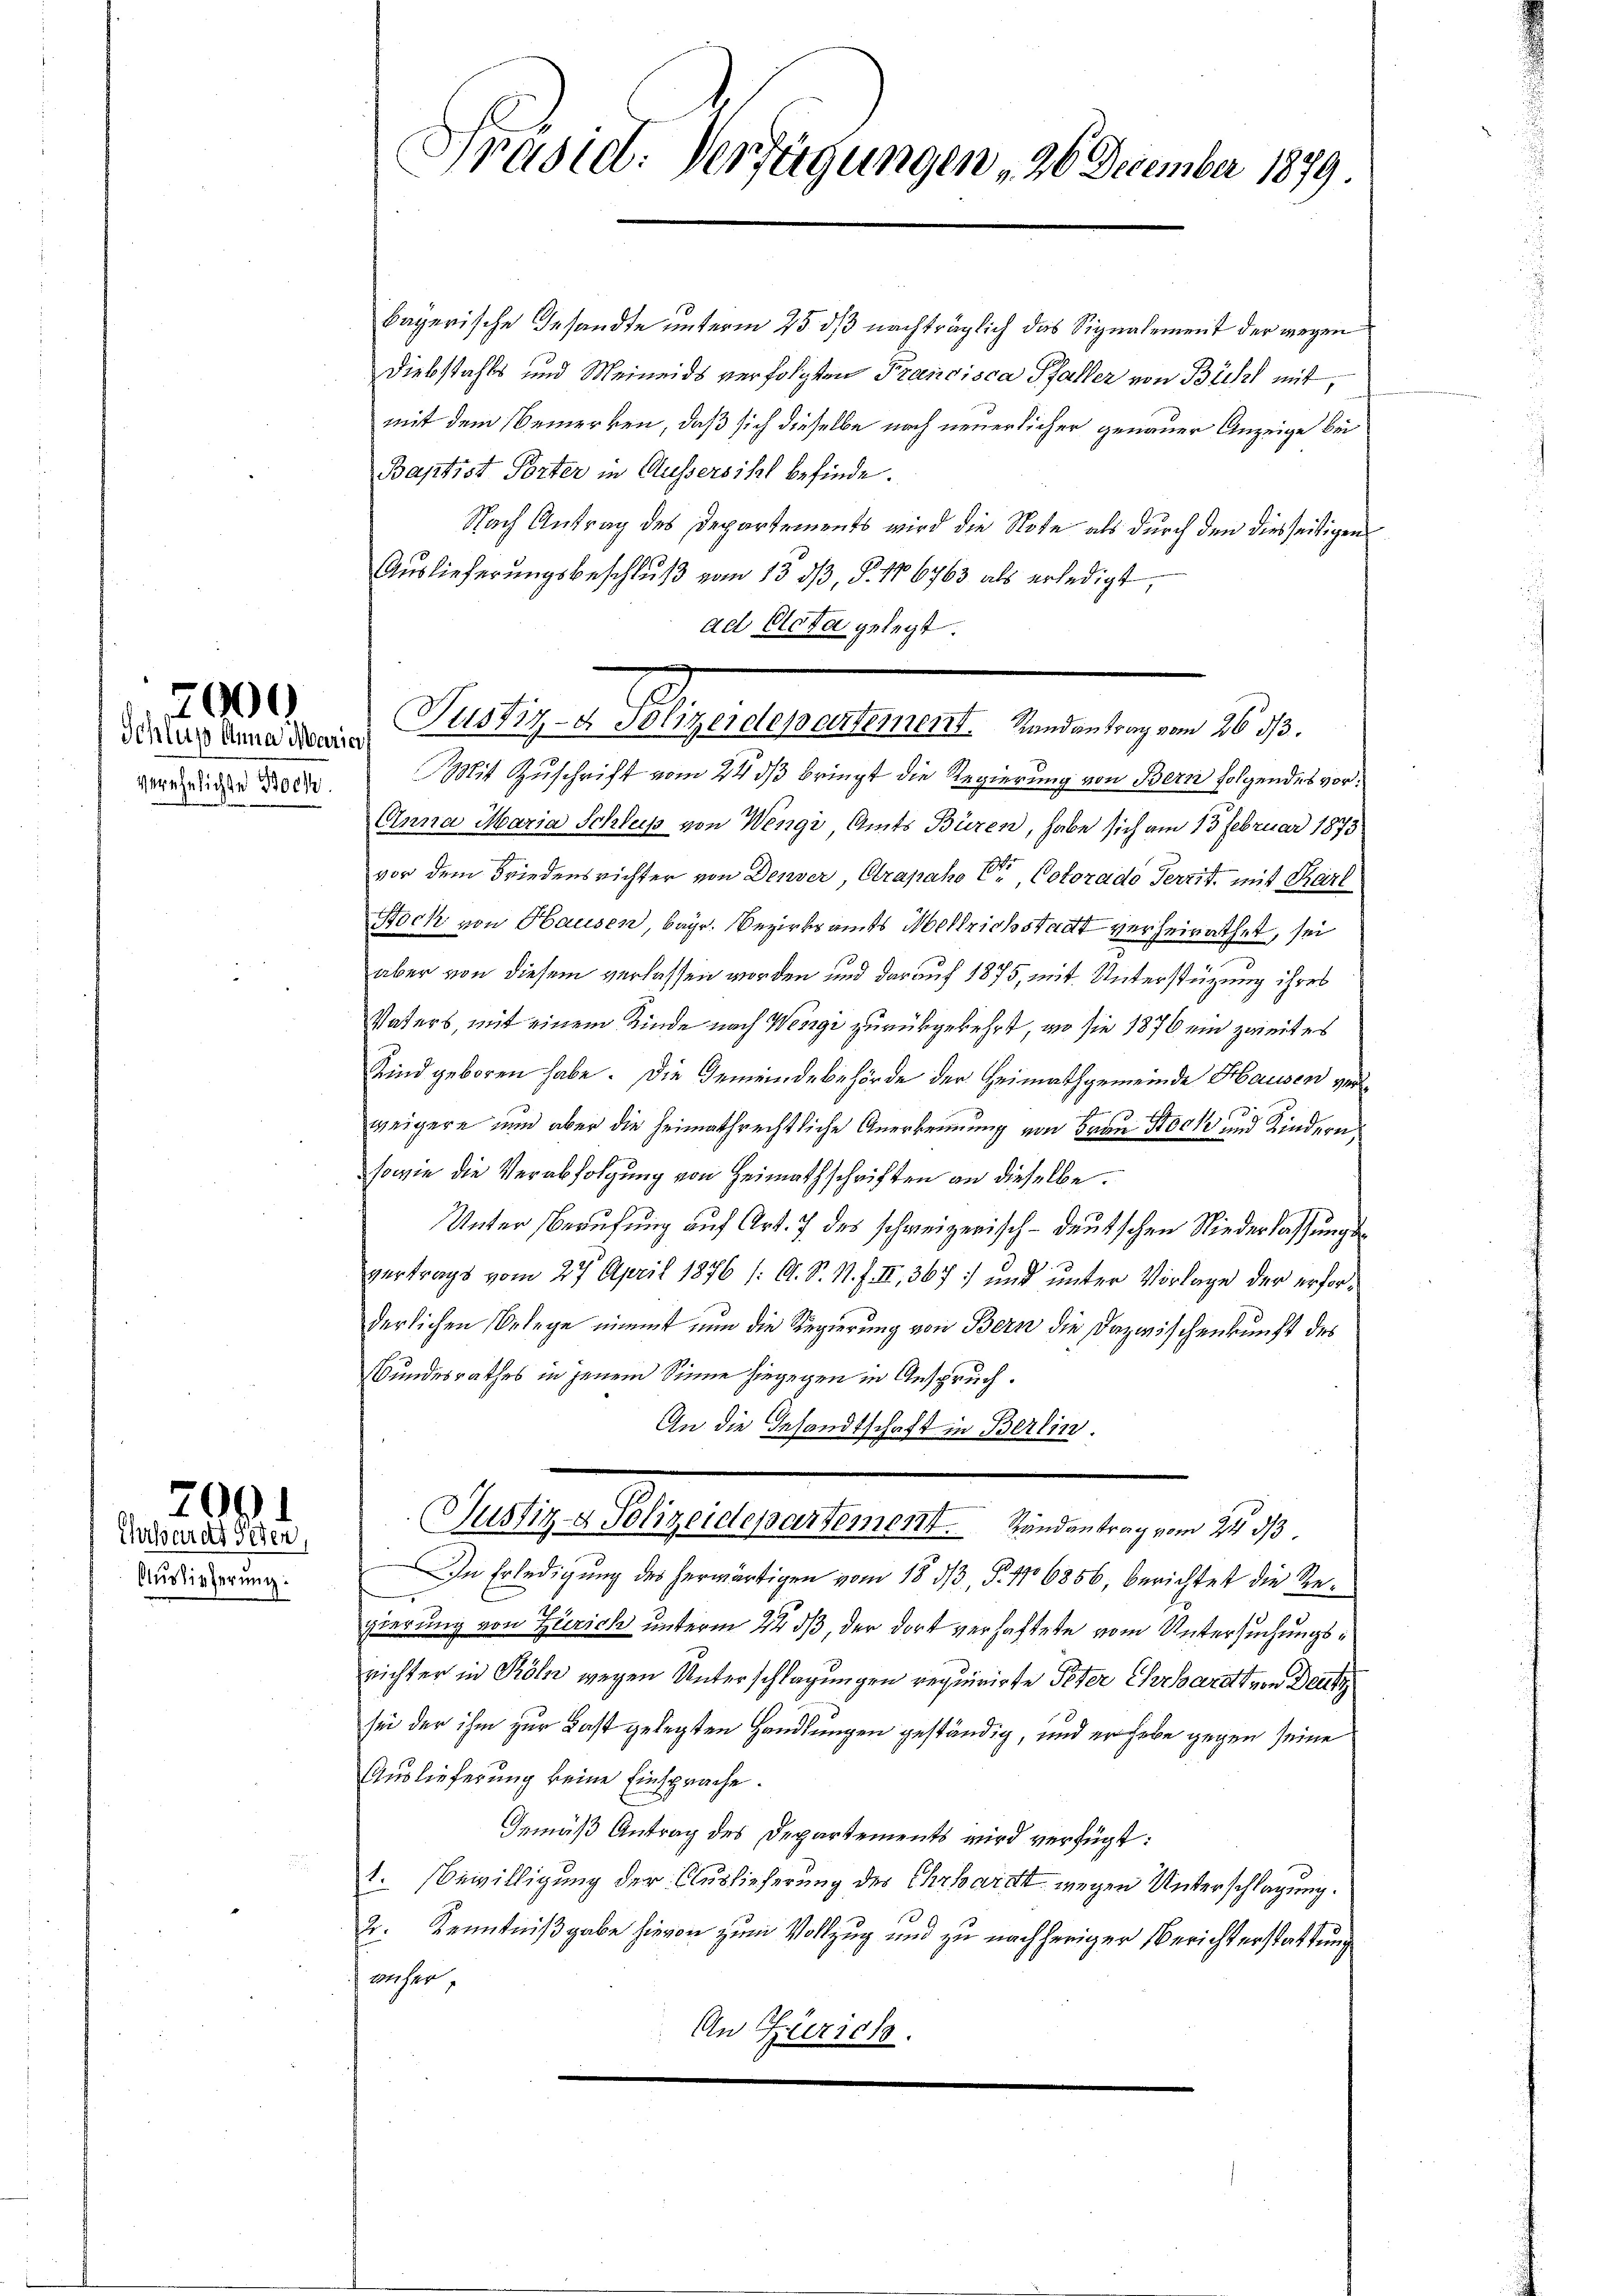
Schluß Anna Marien,
verehelichte Bock.

2000

Auslieferung:

200
Ehrhardt Jeden,

Präsiel. Verfügungen , 26 December 1879.

bayerische Gesandte unterm 25. ds nachträglich das Signalement der wegen
Diebstahls und Meineids verfolgten Francisca Pfaller von Bichl mit,
mit dem Bemerken, daß sich dieselbe nach neuerlicher genauer Anzeige bei
Baptist Porter in Aussersihl befinde.
Nach Antrag des Departements wird die Note als durch den diesseitigen
Auslieferungsbeschlŭβ vom 13. 313, §. 106763 als erledigt,
ad Acta gelegt.
Justiz- & Polizeidepartement. Randantrag vom 2633.
Mit Zuschrift vom 24 dß bringt die Regierung von Bern folgendes vor¬
Einna Maria Schluss von Wengi, Amts Büren, habe sich am 15 Februar 1873
vor dem Friedensrichter von Denser Strapaho Ctr, Cotorado Territ, mit Karl
Noch von Hausen bayr. Bezirksamts Wollrichstadt verheirathet, sei
aber von diesem verlassen worden und darauf 1875, mit Unterstützung ihres
Vaters, mit einem Kinde nach Wengi zurückgekehrt, an sie 1876 ein zweit es
Kind geboren habe. Die Gemeindebehörde der Heimathgemeinde Hausen verr
weigere nun aber die heimathrechtliche Anerkennung von Frau Stock und Kindern,
sowie die Verabfolgung von Heimathschriften an dieselbe.
Unter Berufung auf Art. 7 des schweizerisch-deutschen Niederlassungsvertrags vom 27. April 1876 /: A. S. N. F. II., 367 und unter Vorlage der erforderlichen Belege nimmt nun die Regierung von Bern die Dazwischenkunft des
Bundesrathes in jenem Sinne hingegen in Anspruch.
An die Gesandtschaft in Berlin
Justiz- & Polizeidepartement. Randantrag vom 24. d.
In Erledigung des herwärtigen vom 18. 33, §. 116856, berichtet die Regierung von Zürich unterm 22. ds, der dort verhaftete vom Untersuchungsrichter in Köln wegen Unterschlagungen requirirte Peter Ehrhardt von Deutz
sei der ihm zur Last gelegten Handlungen geständig, und er habe gegen seine
Auslieferung keine Einsprache.
Gemäß Antrag des Departements wird verfügt:
1. Bewilligung der Auslieferung des Ehrhardt wegen Unterschlagung.
2: Kenntnißgabe hievon zum Vollzug und zu nachheriger Berichterstattung
weher,
An Zürich.